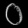
Digit: ၀